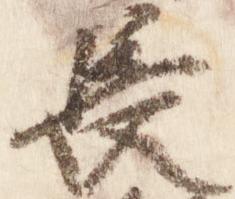
長